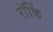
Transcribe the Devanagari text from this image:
रॉकिं